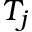
T _ { j }